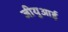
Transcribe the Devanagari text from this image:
जीयुआई